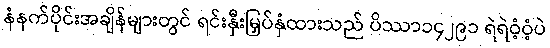
နံနက်ပိုင်းအချိန်များတွင် ရင်းနှီးမြှပ်နှံထားသည် ပိဿာ၁၄၂၉၁ ရဲရဲဝံ့ဝံ့ပဲ